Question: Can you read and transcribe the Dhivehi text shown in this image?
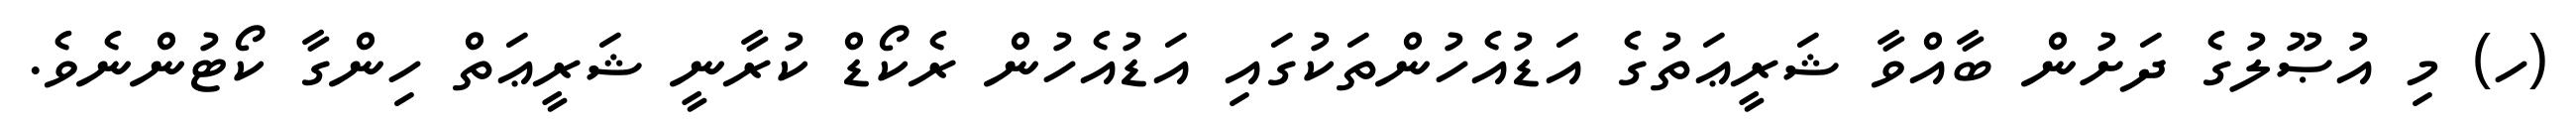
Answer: (ހ) މި އުޞޫލުގެ ދަށުން ބާއްވާ ޝަރީޢަތުގެ އަޑުއެހުންތަކުގައި އަޑުއެހުން ރެކޯޑް ކުރާނީ ޝަރީޢަތް ހިންގާ ކޯޓުންނެވެ.